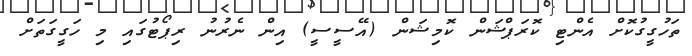
ތަހުގީގުކޮށް އެންޓި ކޮރަޕްޝަން ކޮމިޝަން (އޭސީސީ) އިން ނެރުނު ރިޕޯޓުގައި މި ހަގީގަތަށް